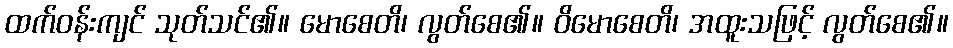
ထက်ဝန်းကျင် သုတ်သင်၏။ မောစေတိ၊ လွတ်စေ၏။ ဝိမောစေတိ၊ အထူးသဖြင့် လွတ်စေ၏။